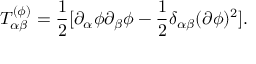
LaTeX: T _ { \alpha \beta } ^ { ( \phi ) } = { \frac { 1 } { 2 } } [ \partial _ { \alpha } \phi \partial _ { \beta } \phi - { \frac { 1 } { 2 } } \delta _ { \alpha \beta } ( \partial \phi ) ^ { 2 } ] .